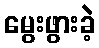
မွေးဖွားခဲ့